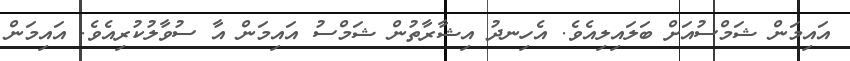
އައިމަން ޝަމްސުއަށް ބަލައިލިއެވެ. އެހިނދު އިޝާރާތުން ޝަމްސު އައިމަން އާ ސުވާލުކުރިއެވެ. އައިމަން